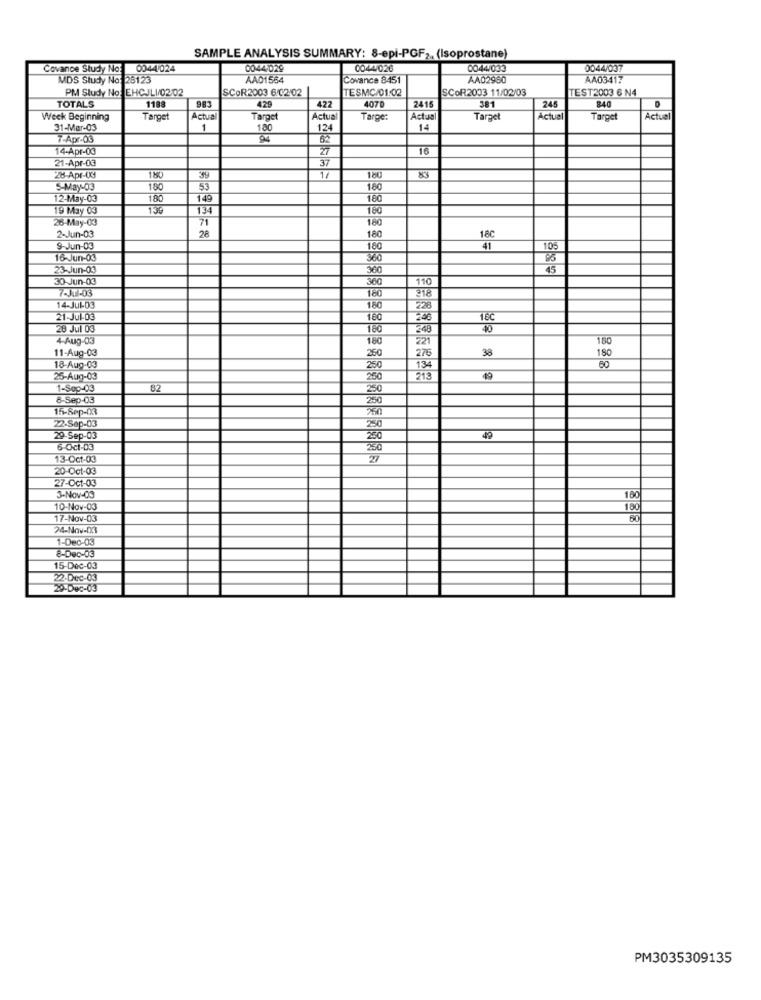
SAMPLE ANALYSIS SUMMARY: 8-epi-PGF2 (Isoprostane)
Covance Study No:
0044/024
0044-029
0044/026
0044/033
0044/037
MDS Study No: 28123
AA01564
Covance 8451
AA02980
AA03417
PM Study No: EHCJLI/02/02
SCOR2003 6/02/02
TESMC/01:02
SCOR2003 11/02/03
TEST2003 6 N4
1188
98
429
422
4070
240
TOTALS
2415
381
245
Weck Beginning
Target
Actual
Target
Actua
Targe:
Actual
Taract
Actual
Target
Actual
31-Mar-03
1
180
124
14
7-Apr-03
62
14-Apr-03
27
16
37
21-Apr-03
ORI
28-Apr-Ud
11
5-May-03
180
53
180
12-May-03
180
149
100
19 May 03
130
134
160
71
160
28-May-03
28
2-Jun-03
180
1.80
9-Jun-03
180
41
105
16-Jun-03
360
23-Jun-03
300
45
30-Jun-03
360
110
7-JT-03
160
318
14-Jul-03
180
228
21-Jul-OG
160
16℃
28 Jul 03
160
248
4-Aug-03
180
221
180
11-Aug-03
250
276
38
180
18-Aug-03
250
134
60
25-Aug-03
250
213
49
1-Sep-03
82
250
8-Sep-03
250
15-Sep-03
250
22-Sep-03
250
29-Sep-03
49
6-Oct-03
250
13-Oct-03
20-Oct-03
27-Oct-03
3-Nov-03
160
10-Nov-03
180
17-Nov-03
₹|8|8|8
1-Dec-03
8-Dec-03
15-Dec-03
22-Dec-03
20-Dec-03
PM3035309135